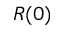
R ( 0 )